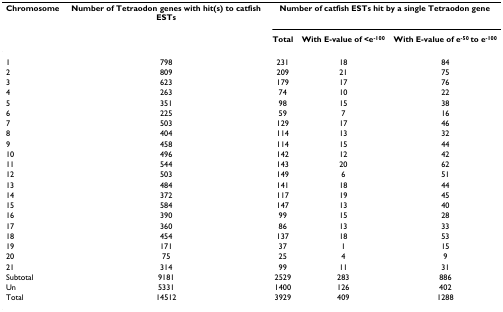
<table><thead><tr><td><b>Chromosome</b></td><td><b>Number of Tetraodon genes with hit(s) to catfish ESTs</b></td><td colspan="3"><b>Number of catfish ESTs hit by a single Tetraodon gene</b></td></tr><tr><td></td><td></td><td><b>Total</b></td><td><b>With E-value of &lt;e<sup>-100</sup></b></td><td><b>With E-value of e<sup>-50 </sup>to e<sup>-100</sup></b></td></tr></thead><tbody><tr><td>1</td><td>798</td><td>231</td><td>18</td><td>84</td></tr><tr><td>2</td><td>809</td><td>209</td><td>21</td><td>75</td></tr><tr><td>3</td><td>623</td><td>179</td><td>17</td><td>76</td></tr><tr><td>4</td><td>263</td><td>74</td><td>10</td><td>22</td></tr><tr><td>5</td><td>351</td><td>98</td><td>15</td><td>38</td></tr><tr><td>6</td><td>225</td><td>59</td><td>7</td><td>16</td></tr><tr><td>7</td><td>503</td><td>129</td><td>17</td><td>46</td></tr><tr><td>8</td><td>404</td><td>114</td><td>13</td><td>32</td></tr><tr><td>9</td><td>458</td><td>114</td><td>15</td><td>44</td></tr><tr><td>10</td><td>496</td><td>142</td><td>12</td><td>42</td></tr><tr><td>11</td><td>544</td><td>143</td><td>20</td><td>62</td></tr><tr><td>12</td><td>503</td><td>149</td><td>6</td><td>51</td></tr><tr><td>13</td><td>484</td><td>141</td><td>18</td><td>44</td></tr><tr><td>14</td><td>372</td><td>117</td><td>19</td><td>45</td></tr><tr><td>15</td><td>584</td><td>147</td><td>13</td><td>40</td></tr><tr><td>16</td><td>390</td><td>99</td><td>15</td><td>28</td></tr><tr><td>17</td><td>360</td><td>86</td><td>13</td><td>33</td></tr><tr><td>18</td><td>454</td><td>137</td><td>18</td><td>53</td></tr><tr><td>19</td><td>171</td><td>37</td><td>1</td><td>15</td></tr><tr><td>20</td><td>75</td><td>25</td><td>4</td><td>9</td></tr><tr><td>21</td><td>314</td><td>99</td><td>11</td><td>31</td></tr><tr><td>Subtotal</td><td>9181</td><td>2529</td><td>283</td><td>886</td></tr><tr><td>Un</td><td>5331</td><td>1400</td><td>126</td><td>402</td></tr><tr><td>Total</td><td>14512</td><td>3929</td><td>409</td><td>1288</td></tr></tbody></table>